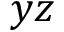
y z